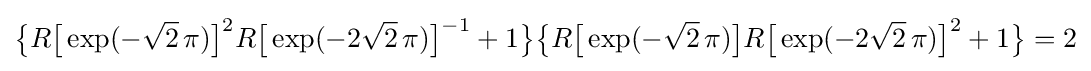
{\bigl \{}R{\bigl [}\exp(-{\sqrt {2}}\,\pi ){\bigr ]}^{2}R{\bigl [}\exp(-2{\sqrt {2}}\,\pi ){\bigr ]}^{-1}+1{\bigr \}}{\bigl \{}R{\bigl [}\exp(-{\sqrt {2}}\,\pi ){\bigr ]}R{\bigl [}\exp(-2{\sqrt {2}}\,\pi ){\bigr ]}^{2}+1{\bigr \}}=2